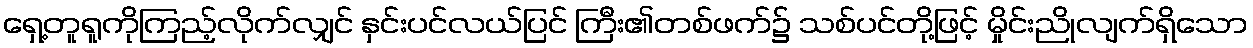
ရှေ့တူရူကိုကြည့်လိုက်လျှင် နှင်းပင်လယ်ပြင် ကြီး၏တစ်ဖက်၌ သစ်ပင်တို့ဖြင့် မှိုင်းညိုလျက်ရှိသော